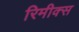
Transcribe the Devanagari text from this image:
रिमीक्स